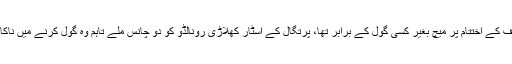
پہلے ہاف کے اختتام پر میچ بغیر کسی گول کے برابر تھا، پرتگال کے اسٹار کھلاڑی رونالڈو کو دو چانس ملے تاہم وہ گول کرنے میں ناکام رہے۔